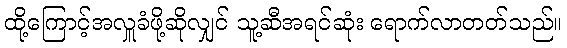
ထို့ကြောင့်အလှူခံဖို့ဆိုလျှင် သူ့ဆီအရင်ဆုံး ရောက်လာတတ်သည်။